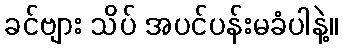
ခင်ဗျား သိပ် အပင်ပန်းမခံပါနဲ့။